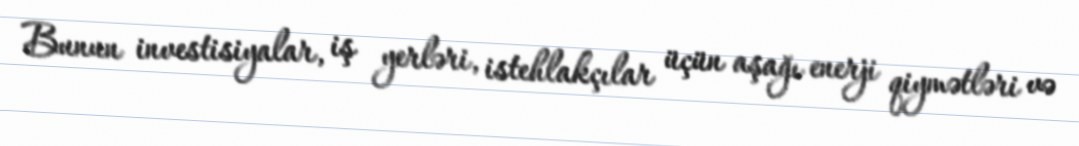
Bunun investisiyalar, iş yerləri, istehlakçılar üçün aşağı enerji qiymətləri və